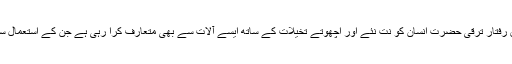
4جولائی 2014ء)جدید ٹیکنالوجی کی برق رفتار ترقی حضرتِ انسان کو نت نئے اور اچھوتے تخیلات کے ساتھ ایسے آلات سے بھی متعارف کرا رہی ہے جن کے استعمال سے روز مرہ زندگی زیادہ آسان ہو گئی ہے۔